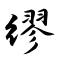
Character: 缪